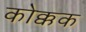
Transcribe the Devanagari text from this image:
कोक्कक